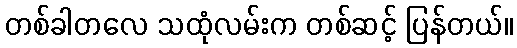
တစ်ခါတလေ သထုံလမ်းက တစ်ဆင့် ပြန်တယ်။